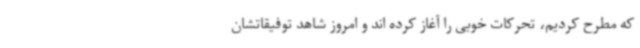
که مطرح کردیم، تحرکات خوبی را آغاز کرده اند و امروز شاهد توفیقاتشان